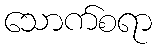
သောက်စရာ